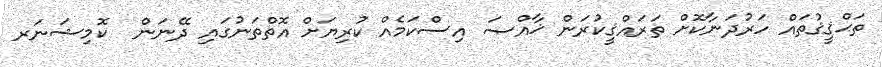
ތަޙްޤީޤުތައް ހަރުދަނާކޮށް ތަރައްޤީކުރަން ޚާއްޞަ އިސްކަމެއް ކުރިޔަށް އޮތްތަނުގައި ދޭނަން  ކޮމިޝަނަރ